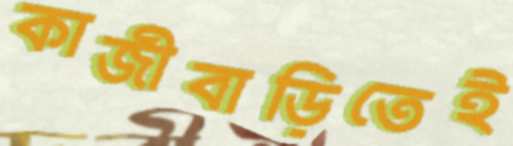
কাজীবাড়িতেই